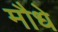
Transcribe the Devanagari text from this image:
मौधे